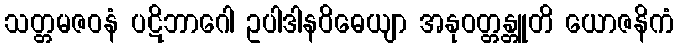
သတ္တမဇဝနံ ပဋိဘာဂေါ ဥပါဒါနဝိဓေယျာ အနုဝတ္တန္တူတိ ယောဇနိကံ